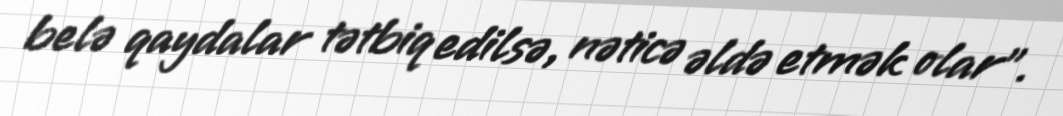
belə qaydalar tətbiq edilsə, nəticə əldə etmək olar”.